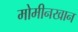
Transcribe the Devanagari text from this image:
मोमीनखान